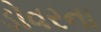
ડોવરના